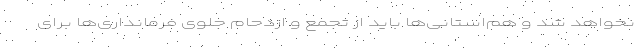
نخواهد شد و هم‌استانی‌ها باید از تجمع و ازدحام جلوی فرمانداری‌ها برای